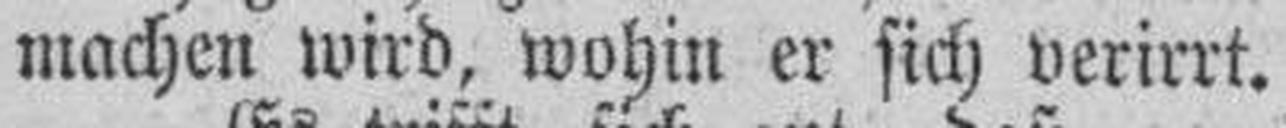
machen wird, wohin er sich verirrt.